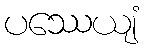
ပဿေယျံ